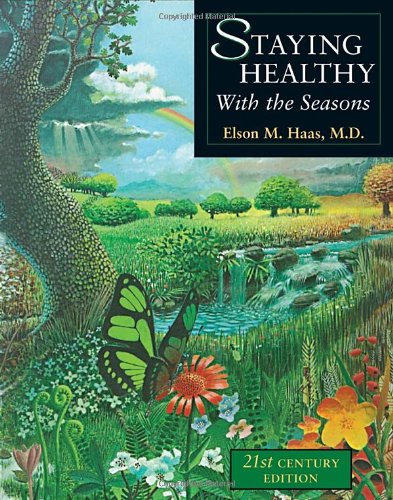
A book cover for Staying Healthy With the Seasons; Elson M. Haas; Medical Books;